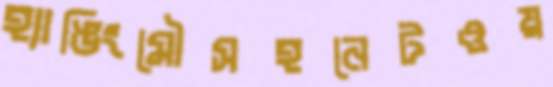
হ্যাঙিংমৌসহনেটওয়